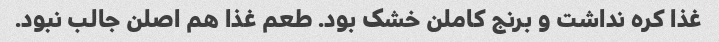
غذا کره نداشت و برنج کاملن خشک بود. طعم غذا هم اصلن جالب نبود.